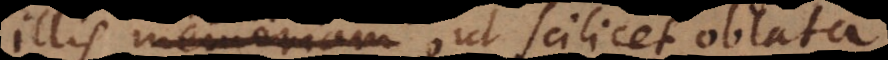
illis memoriam, ut scilicet oblata